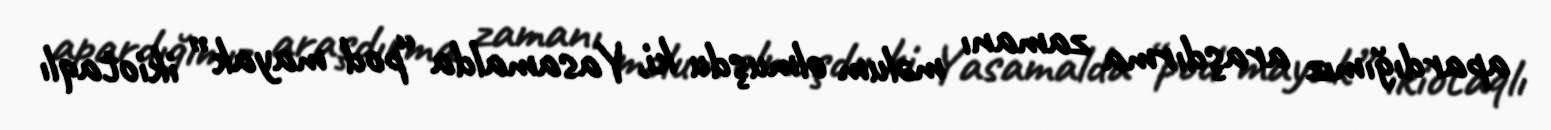
apardığımız araşdırma zamanı məlum olmuşdu ki, Yasamalda “pod mayak” ikiotaqlı